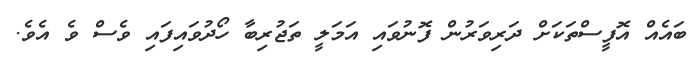
ބައެއް އޮފީސްތަކަށް ދަރިވަރުން ފޮނުވައި އަމަލީ ތަޖުރިބާ ހޯދުވައިފައި ވެސް ވެ އެވެ.